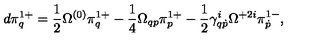
d \pi _ { q } ^ { 1 + } = \frac 1 2 \Omega ^ { ( 0 ) } \pi _ { q } ^ { 1 + } - \frac 1 4 \Omega _ { q p } \pi _ { p } ^ { 1 + } - \frac 1 2 \gamma _ { q \dot { p } } ^ { i } \Omega ^ { + 2 i } \pi _ { \dot { p } } ^ { 1 - } ,